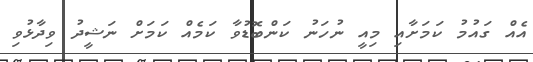
އެއް ގައުމު ކަމަށާއި މިއީ ނުހަނު ކަންބޮޑުވާ ކަމެއް ކަމަށް ނަޝީދު ވިދާޅުވި